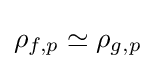
\rho _{f,p}\simeq \rho _{g,p}